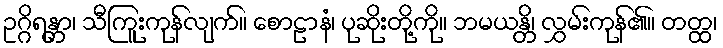
ဥဂ္ဂိရန္တာ၊ သီကြူးကုန်လျက်။ စောဠာနံ၊ ပုဆိုးတို့ကို။ ဘမယန္တိ၊ လွှမ်းကုန်၏။ တတ္ထ၊